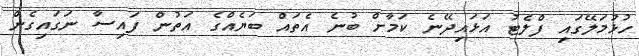
ހުޅުމަލޭގައި ފްލެޓު އަޅައިދޭނެ ކަމާށް ބުނެ އެތައް ބަޔެއްގެ އަތުން ފައިސާ ނަގައިގެން